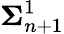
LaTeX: {\boldsymbol{\Sigma}}_{n+1}^{1}